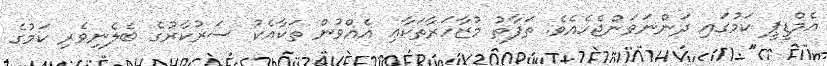
އެމްޑީޕީ ކަމުގައި ދަންނަވަންޖެހެއެވެ. ތަފާތު މުޒާހަރާތަކާޢި އެއްވުން ތަކާއެކު ސަރުކާރުގެ ބެލެނިވެރި ކަމުގެ